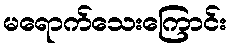
မရောက်သေးကြောင်း